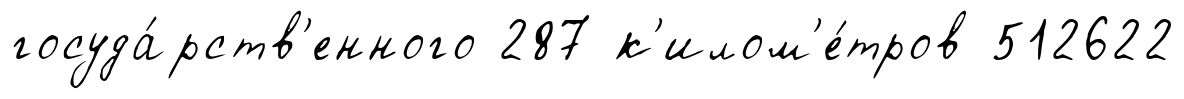
госуда́рств'енного 287 к'илом'е́тров 512622